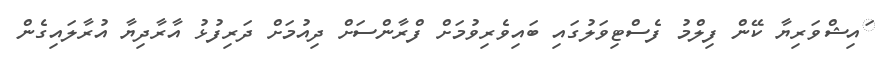
ައިޝްވަރިޔާ ކޭން ފިލްމު ފެސްޓިވަލުގައި ބައިވެރިވުމަށް ފްރާންސަށް ދިއުމަށް ދަރިފުޅު އާރާދިޔާ އުރާލައިގެން